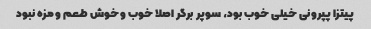
پیتزا پپرونی خیلی خوب بود، سوپر برگر اصلا خوب و خوش طعم و مزه نبود